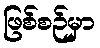
ဖြစ်စဉ်မှာ